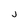
Character: j